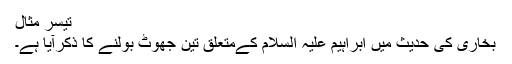
تیسر مثال
بخاری کی حدیث میں ابراہیم علیہ السلام کےمتعلق تین جھوٹ بولنے کا ذکرآیا ہے۔